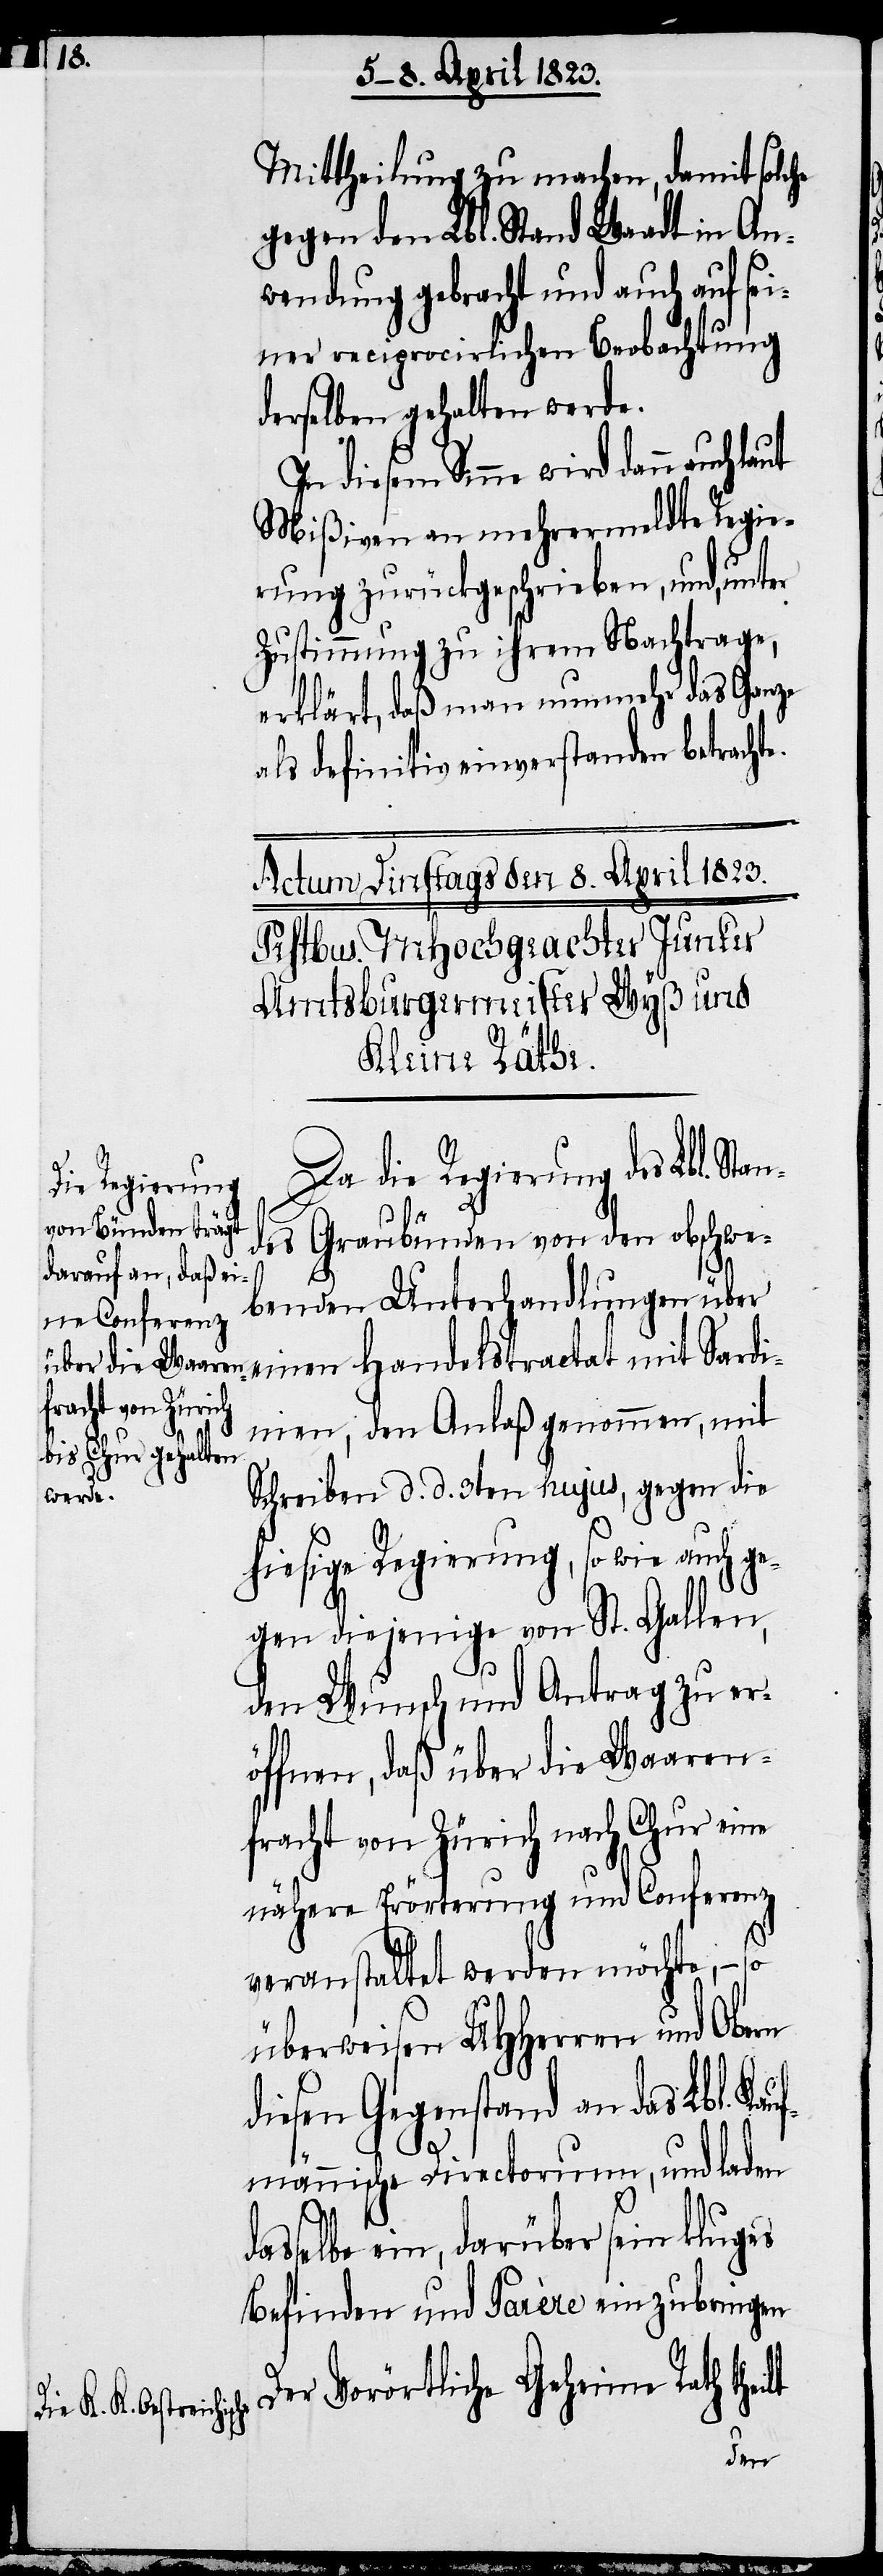
Mittheilung zu machen, damit solche
gegen den Lbl. Stand Waadt in An¬
wendung gebracht und auch auf sei¬
ner reciprocirlichen Beobachtung
derselben gehalten werde.
In diesem Sinne wird dann auch laut
Mißiven an mehrermeldte Regie¬
rung zurückgeschrieben, und, unter
Zustimmung zu ihrem Nachtrage,
erklärt, daß man nunmehr das Ganze
als definitiv einverstanden betrachte.
Da die Regierung des Lbl. St¬
des Graubünden von den obschwe¬
benden Unterhandlungen über
einen Handelstractat mit Sardi¬
an¬
nien, den Anlaß genommen, mit
Schreiben d. d. 3ten hujus, gegen die
hiesige Regierung, so wie auch ge¬
gen diejenige von St. Gallen,
den Wunsch und Antrag zu er¬
öffnen, daß über die Waaren¬
fracht von Zürich nach Chur eine
nähere Erörterung und Conferenz
veranstaltet werden möchte, – so
überweisen UHHerren und Obern
diesen Gegenstand an das Lbl. Ka¬
n[.]
ufmännische Directorium, und laden
asselbe ein, darüber sein kluges
Befinden und Parère einzubringe¬
Der Vorörtliche Geheime Rath theilt